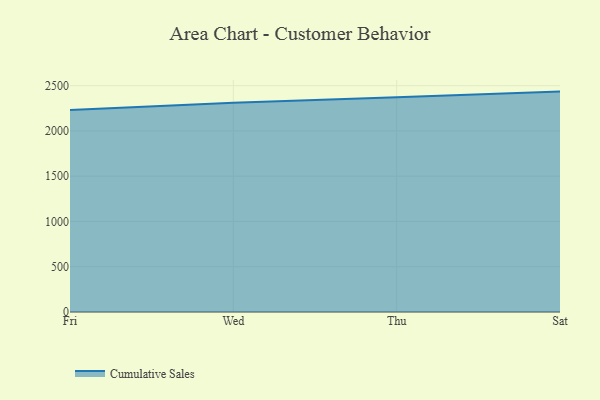
{"axis": {"x": "Day", "y": "Energy Usage (MWh)"}, "legend": ["Cumulative Sales"], "data": [{"x": "Fri", "y": 2232.3, "type": "Cumulative Sales"}, {"x": "Wed", "y": 2310.2, "type": "Cumulative Sales"}, {"x": "Thu", "y": 2371.2, "type": "Cumulative Sales"}, {"x": "Sat", "y": 2434.4, "type": "Cumulative Sales"}]}